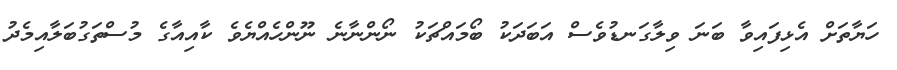
ހަޔާތަށް އެޅިފައިވާ ބަނަ ވިލާގަނޑުވެސް އަބަދަކު ބޯމައްޗަކު ނޯންނާނެ ނޫންހެއްޔެވެ ކާއިއާގެ މުސްތަގުބަލާއިމެދު